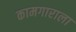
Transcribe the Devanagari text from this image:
कामगाराला